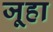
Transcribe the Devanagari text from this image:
जूहा